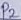
Text: P2